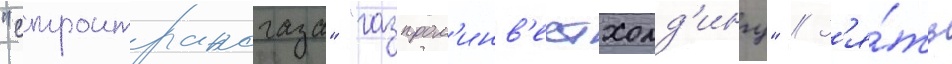
"строитрансгаза" "газпром'инв'естхолд'ингу" // З'я́ть